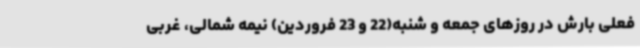
فعلی بارش در روزهای جمعه و شنبه(22 و 23 فروردین) نیمه شمالی، غربی